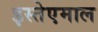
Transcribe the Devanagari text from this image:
इस्तेएमाल